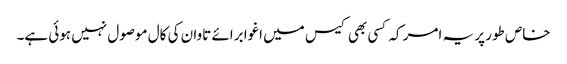
خاص طور پر یہ امر کہ کسی بھی کیس میں اغوا برائے تاوان کی کال موصول نہیں ہوئی ہے۔